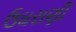
ઉઘરાણી